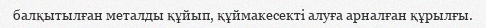
балқытылған металды құйып, құймакесекті алуға арналған құрылғы.